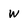
Character: W